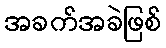
အခက်အခဲဖြစ်